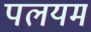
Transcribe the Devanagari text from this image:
पलयम